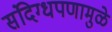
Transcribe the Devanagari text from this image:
संदिग्धपणामुळे